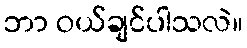
ဘာ ဝယ်ချင်ပါသလဲ။